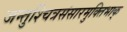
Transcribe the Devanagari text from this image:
जन्तुश्चित्रसंसारमुक्तिभाक्